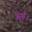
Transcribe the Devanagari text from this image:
वेस्पर्स